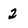
Character: 2